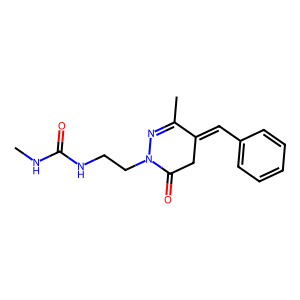
SMILES: CNC(=O)NCCN1N=C(C)C(=Cc2ccccc2)CC1=O
Inhibits HIV replication: No